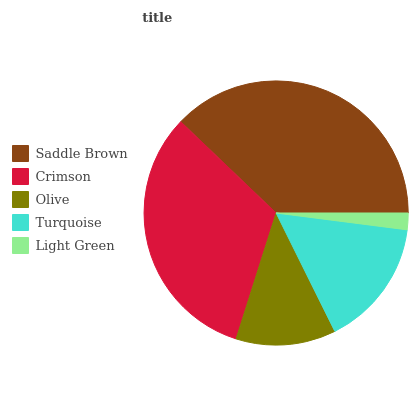
| Saddle Brown | Crimson | Olive | Turquoise | Light Green |
 | --- | --- | --- | --- | --- |
 | 37.8% | 32.3% | 12.2% | 15.6% | 2.04% |